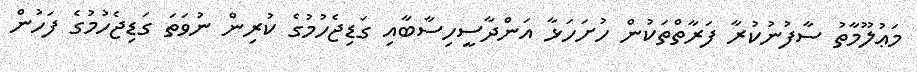
މަޢުލޫމާތު ސާފުނުކުރާ ފަރާތްތަކުން ހުށަހަޅާ އަންދާސީހިސާބާއި ގަޑިޖެހުމުގެ ކުރިން ނުވަތަ ގަޑިޖެހުމުގެ ފަހުން